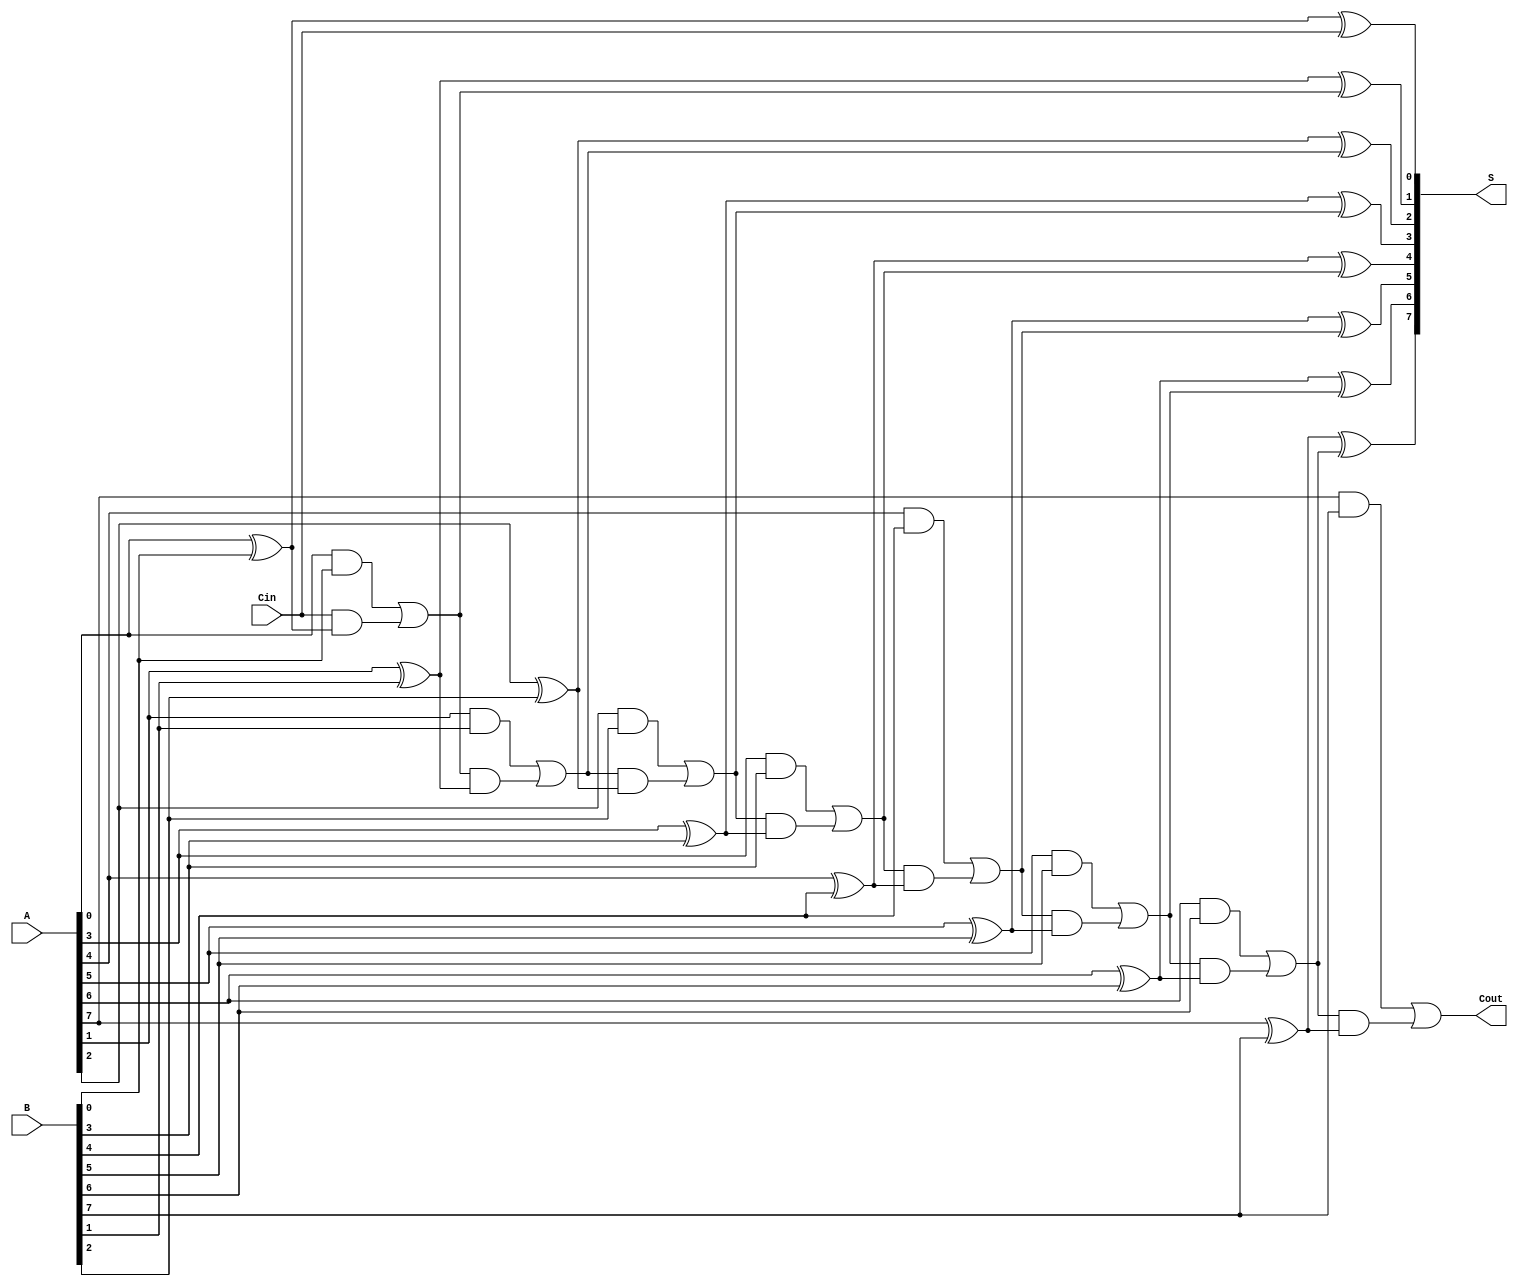
module PrecomputationCarryAdder #(parameter N = 8) (
    input  wire [N-1:0] A,     // First n-bit input
    input  wire [N-1:0] B,     // Second n-bit input
    input  wire Cin,           // Carry-in
    output wire [N-1:0] S,     // n-bit sum output
    output wire Cout           // Carry-out
);

    wire [N:0] C;              // Carry outputs, C[0] = Cin

    // Carry generation using precomputed carry values
    genvar i;
    generate
        // Initial carry
        assign C[0] = Cin;

        // Carry calculation
        for (i = 0; i < N; i = i + 1) begin: carry_generation
            assign C[i + 1] = (A[i] & B[i]) | (C[i] & (A[i] ^ B[i]));
        end
    endgenerate

    // Sum calculation
    generate
        for (i = 0; i < N; i = i + 1) begin: sum_calculation
            assign S[i] = A[i] ^ B[i] ^ C[i];
        end
    endgenerate

    // Final carry-out
    assign Cout = C[N];

endmodule